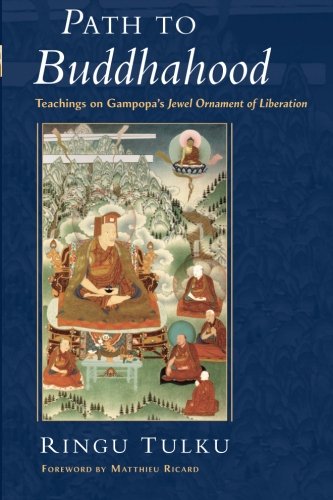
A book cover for Path to Buddhahood: Teachings on Gampopa's JEWEL ORNAMENT OF LIBERATION; Ringu Tulku; Religion & Spirituality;